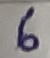
Text: 6